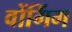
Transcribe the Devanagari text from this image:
वोंगिंग